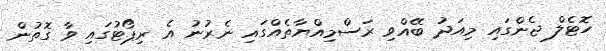
ހޮޓެލް ޖެންގައި މިއަދު ބޭއްވި ރަސްމިއްޔާތެއްގައި ނެރުނު އެ ރިޕޯޓުގައި ވާ ގޮތުން